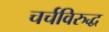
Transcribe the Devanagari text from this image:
चर्चविरुद्ध